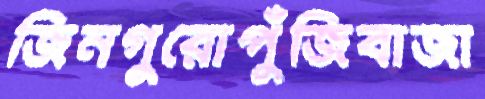
জিনগুরোপুঁজিবাজা